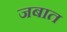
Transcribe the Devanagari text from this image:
जबात